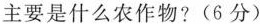
主要是什么农作物?(6分)